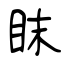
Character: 眜